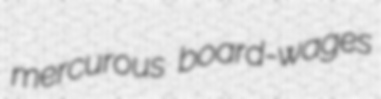
mercurous board-wages